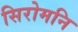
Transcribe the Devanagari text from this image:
सिरोमनि